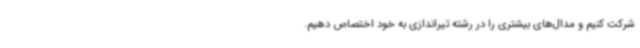
شرکت کنیم و مدال‌های بیشتری را در رشته تیراندازی به خود اختصاص دهیم.